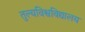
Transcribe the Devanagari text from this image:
तुल्यविश्वविद्यालय